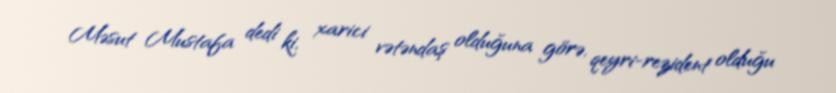
Məsut Mustafa dedi ki, xarici vətəndaş olduğuna görə, qeyri-rezident olduğu